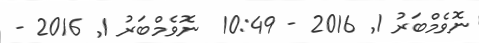
ނޮވެމްބަރު 1